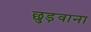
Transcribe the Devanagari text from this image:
छुड़वाना